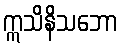
ဣသိနိသဘော